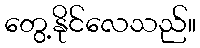
တွေ့နိုင်လေသည်။